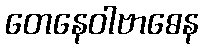
တေနေဝါဗာဓေန